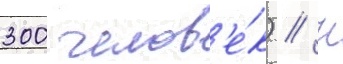
300 челов'е́к) // К